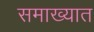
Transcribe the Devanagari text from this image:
समाख्यात